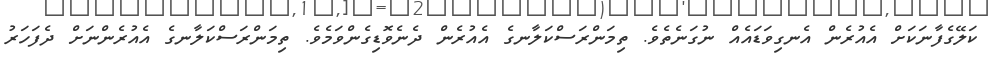
ކަލޭގެފާނަކަށް އެއުރެން އެނގިވަޑައެއް ނުގަނެތެވެ. ތިމަންރަސްކަލާނގެ އެއުރެން ދެނެވޮޑިގެންވަމެވެ. ތިމަންރަސްކަލާނގެ އެއުރެންނަށް ދެފަހަރު